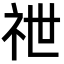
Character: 䄁